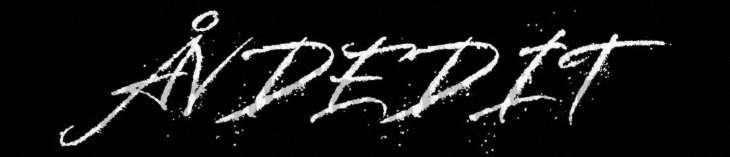
ÅVDEDIT